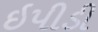
ઇપીડી